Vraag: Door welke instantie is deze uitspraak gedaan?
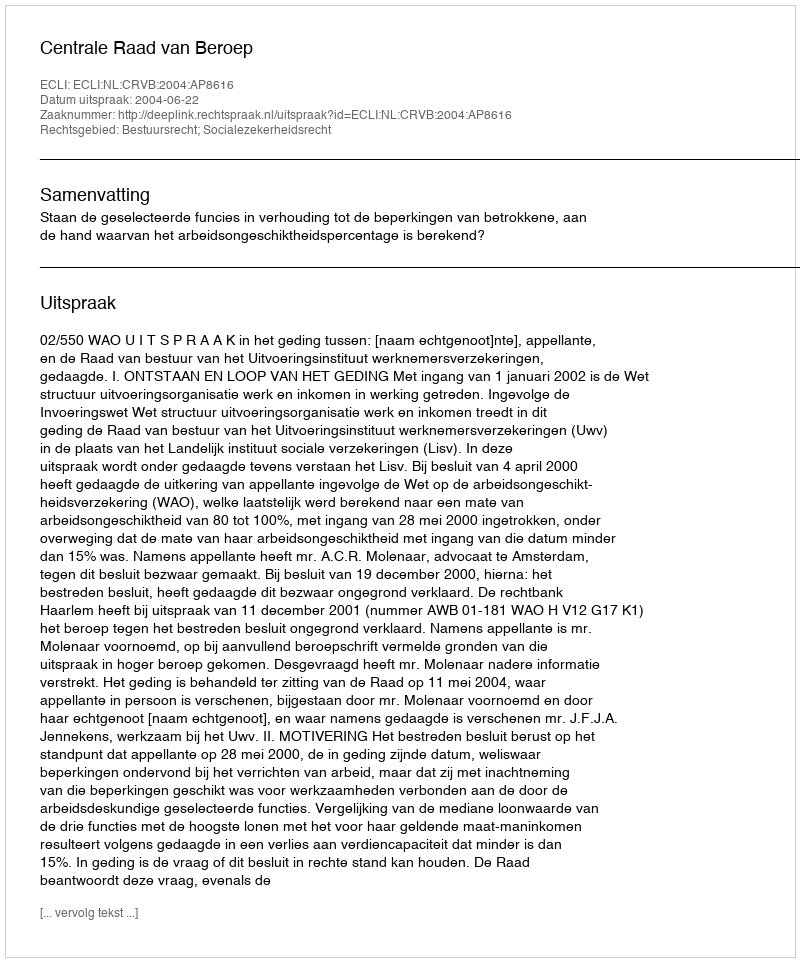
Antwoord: Centrale Raad van Beroep